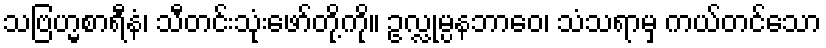
သဗြဟ္မစာရီနံ၊ သီတင်းသုံးဖော်တို့ကို။ ဥလ္လုမ္ပနဘာဝေ၊ သံသရာမှ ကယ်တင်သော